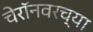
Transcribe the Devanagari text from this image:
चेरॉनवरच्या